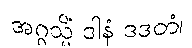
အဂ္ဂသ္မိံ ဒါနံ ဒဒတံ၊